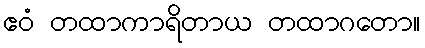
ဧဝံ တထာကာရိတာယ တထာဂတော။